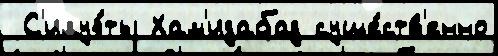
 С'илуэ́ты Хам'идабад суще́ств'енно